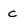
Character: c